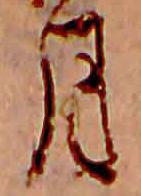
月